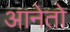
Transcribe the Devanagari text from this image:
आनेतो